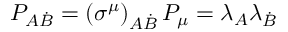
P _ { A \dot { B } } = \left( \sigma ^ { \mu } \right) _ { A \dot { B } } P _ { \mu } = \lambda _ { A } \lambda _ { \dot { B } }